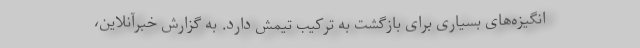
انگیزه‌های بسیاری برای بازگشت به ترکیب تیمش دارد. به گزارش خبرآنلاین،